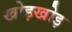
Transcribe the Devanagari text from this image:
खोइखोइ